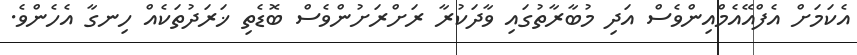
އެކަމަށް އެފްއޭއެމްއިންވެސް އަދި މުބާރާތުގައި ވާދަކުރާ ރަށްރަށުންވެސް ބޮޑެތި ޚަރަދުތަކެއް ހިނގާ އެހެންވެ.